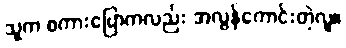
သူက စကားပြောကလည်း အလွန်ကောင်းတဲ့လူ။